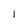
Character: l